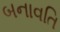
બનાવતિ